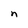
Character: n